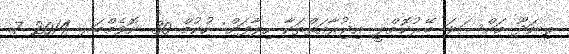
ތިނަދޫ މައްސަލަ ބޭރުކޮށްލީ އިޖުރާއަތްތަކާ ހިލާފަށް: ހުކުމް 30 ނޮވެމްބަރ 2014 7